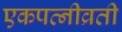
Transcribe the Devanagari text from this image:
एकपत्‍नीव्रती